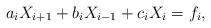
LaTeX: \begin{align*}a_iX_{i+1}+b_iX_{i-1}+c_iX_i=f_i, \end{align*}